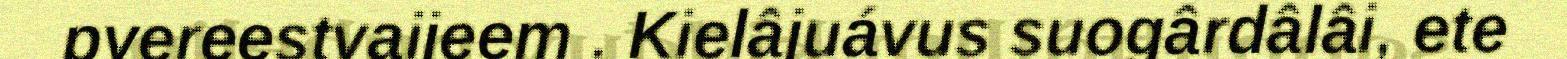
pyereestvaijeem . Kielâjuávus suogârdâlâi, ete